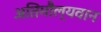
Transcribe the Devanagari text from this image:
अतिमौल्यवान